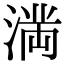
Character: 𭱩